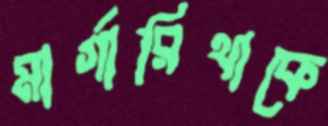
মার্গারিথাকে